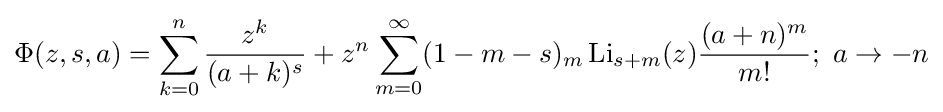
\Phi (z,s,a)=\sum _{k=0}^{n}{\frac {z^{k}}{(a+k)^{s}}}+z^{n}\sum _{m=0}^{\infty }(1-m-s)_{m}\operatorname {Li} _{s+m}(z){\frac {(a+n)^{m}}{m!}};\ a\rightarrow -n